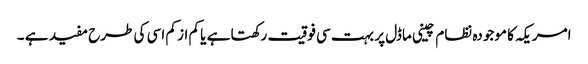
امریکہ کا موجودہ نظام چینی ماڈل پر بہت سی فوقیت رکھتا ہے یا کم از کم اسی کی طرح مفید ہے ۔